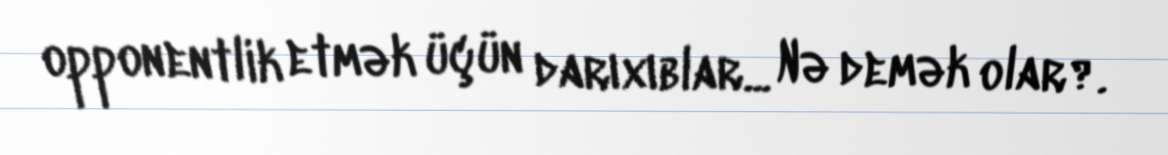
opponentlik etmək üçün darıxıblar... Nə demək olar?.